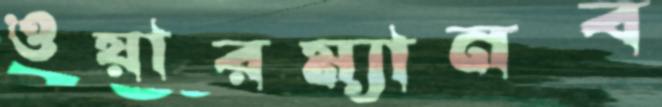
ওয়ারম্যানব